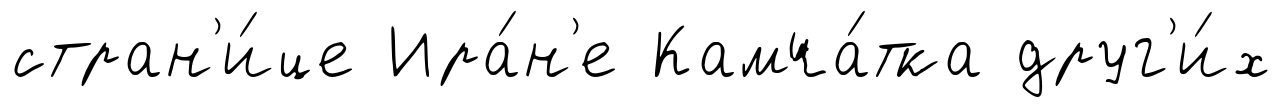
стран'и́це Ира́н'е Камча́тка друг'и́х